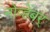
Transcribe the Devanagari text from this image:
नोव्हेंबर्